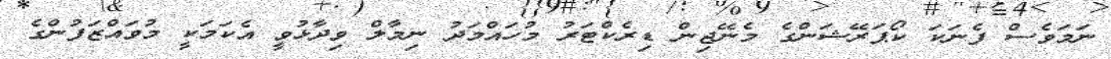
ނަމަވެސް ފެނަކަ ކޯޕަރޭޝަންގެ މެނޭޖިން ޑިރެކްޓަރު މުހައްމަދު ނިމާލް ވިދާޅުވީ އެކަމަކީ މުވައްޒަފުންގެ